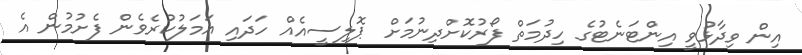
އިން ވިދާޅުވީ އިންޓަނެޓުގެ ހިދުމަތް ފޯރުކޮށްދިނުމަށް ޕޮލިސީއެއް ހަދައި އަމަލުކުރެވެން ފެށުމުން އެ